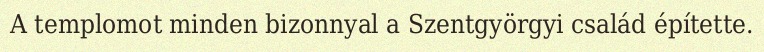
A templomot minden bizonnyal a Szentgyörgyi család építette.